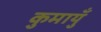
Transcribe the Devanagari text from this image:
कुमायुँ